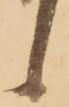
候